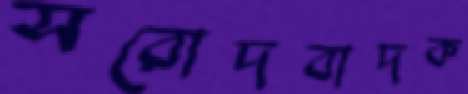
সরোদবাদক